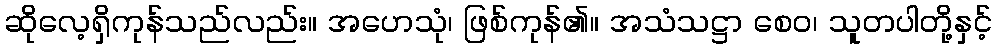
ဆိုလေ့ရှိကုန်သည်လည်း။ အဟေသုံ၊ ဖြစ်ကုန်၏။ အသံသဋ္ဌာ စေဝ၊ သူတပါတို့နှင့်